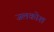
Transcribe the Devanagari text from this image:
जलकोश